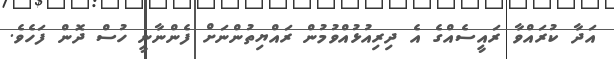
އަދާ ކުރައްވާ ރައީސެއްގެ އެ ދިރިއުޅުއްވުމުން ރައްޔިތުންނަށް ފެންނާނީ ހުސް ދޮން ފަހެވެ.